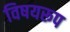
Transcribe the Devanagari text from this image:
विषयरूप